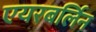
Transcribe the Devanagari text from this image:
एयरबर्लिन